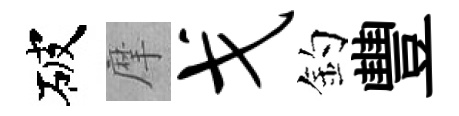
破摩戈釣豐